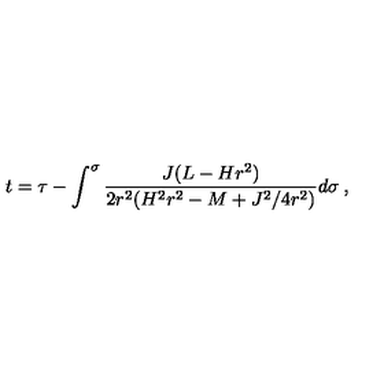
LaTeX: t = \tau - \int ^ { \sigma } \frac { J ( L - H r ^ { 2 } ) } { 2 r ^ { 2 } ( H ^ { 2 } r ^ { 2 } - M + J ^ { 2 } / 4 r ^ { 2 } ) } d \sigma \: ,